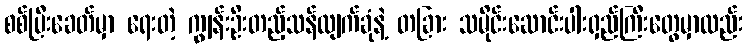
စစ်ပြီးခေတ်မှာ ရေးတဲ့ ကျွန်းဦးတည့်သန်လျက်ခုံနဲ့ တခြား သမိုင်းဆောင်းပါးရှည်ကြီးတွေမှာလည်း